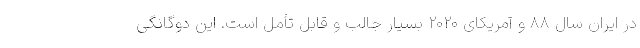
در ایران سال ۸۸ و آمریکای ۲۰۲۰ بسیار جالب و قابل تأمل است. این دوگانگی